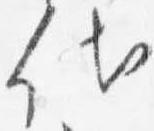
代